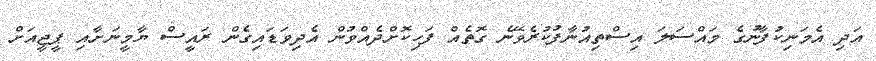
އަދި އެމަނިކުފާނުގެ މައްސަލަ އިސްތިއުނާފުކުރެވޭނެ ގޮތެއް ފަހިކޮށްދެއްވުން އެދިވަޑައިގެން ރައީސް ޔާމީނަށާއި ޕީޖީއަށް